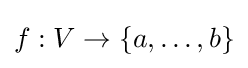
f:V\to \{a,\dots ,b\}